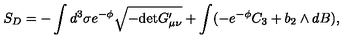
S _ { D } = - \int d ^ { 3 } \sigma e ^ { - \phi } \sqrt { - \mathrm { d e t } G _ { \mu \nu } ^ { \prime } } + \int ( - e ^ { - \phi } C _ { 3 } + b _ { 2 } \wedge d B ) ,